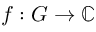
f : G \to \mathbb { C }